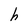
Character: h